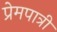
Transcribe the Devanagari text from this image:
प्रेमपात्री